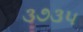
૩૭૩૫